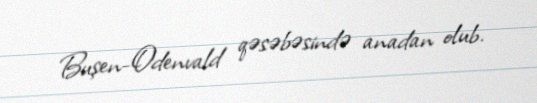
Buşen-Odenvald qəsəbəsində anadan olub.